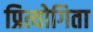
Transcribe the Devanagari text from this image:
प्रित्योगिता